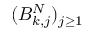
( B _ { k , j } ^ { N } ) _ { j \geq 1 }